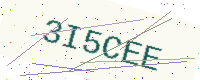
Text: 3I5CEE